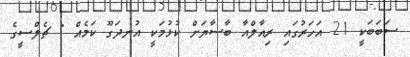
ސަބަބަކީ 21 އަހަރުގައި ރިއާލްއާ ބާސާޔަށް ކުޅުމަކީ އުނދަގޫ ކަމެއް " ޗެލްސީގެ